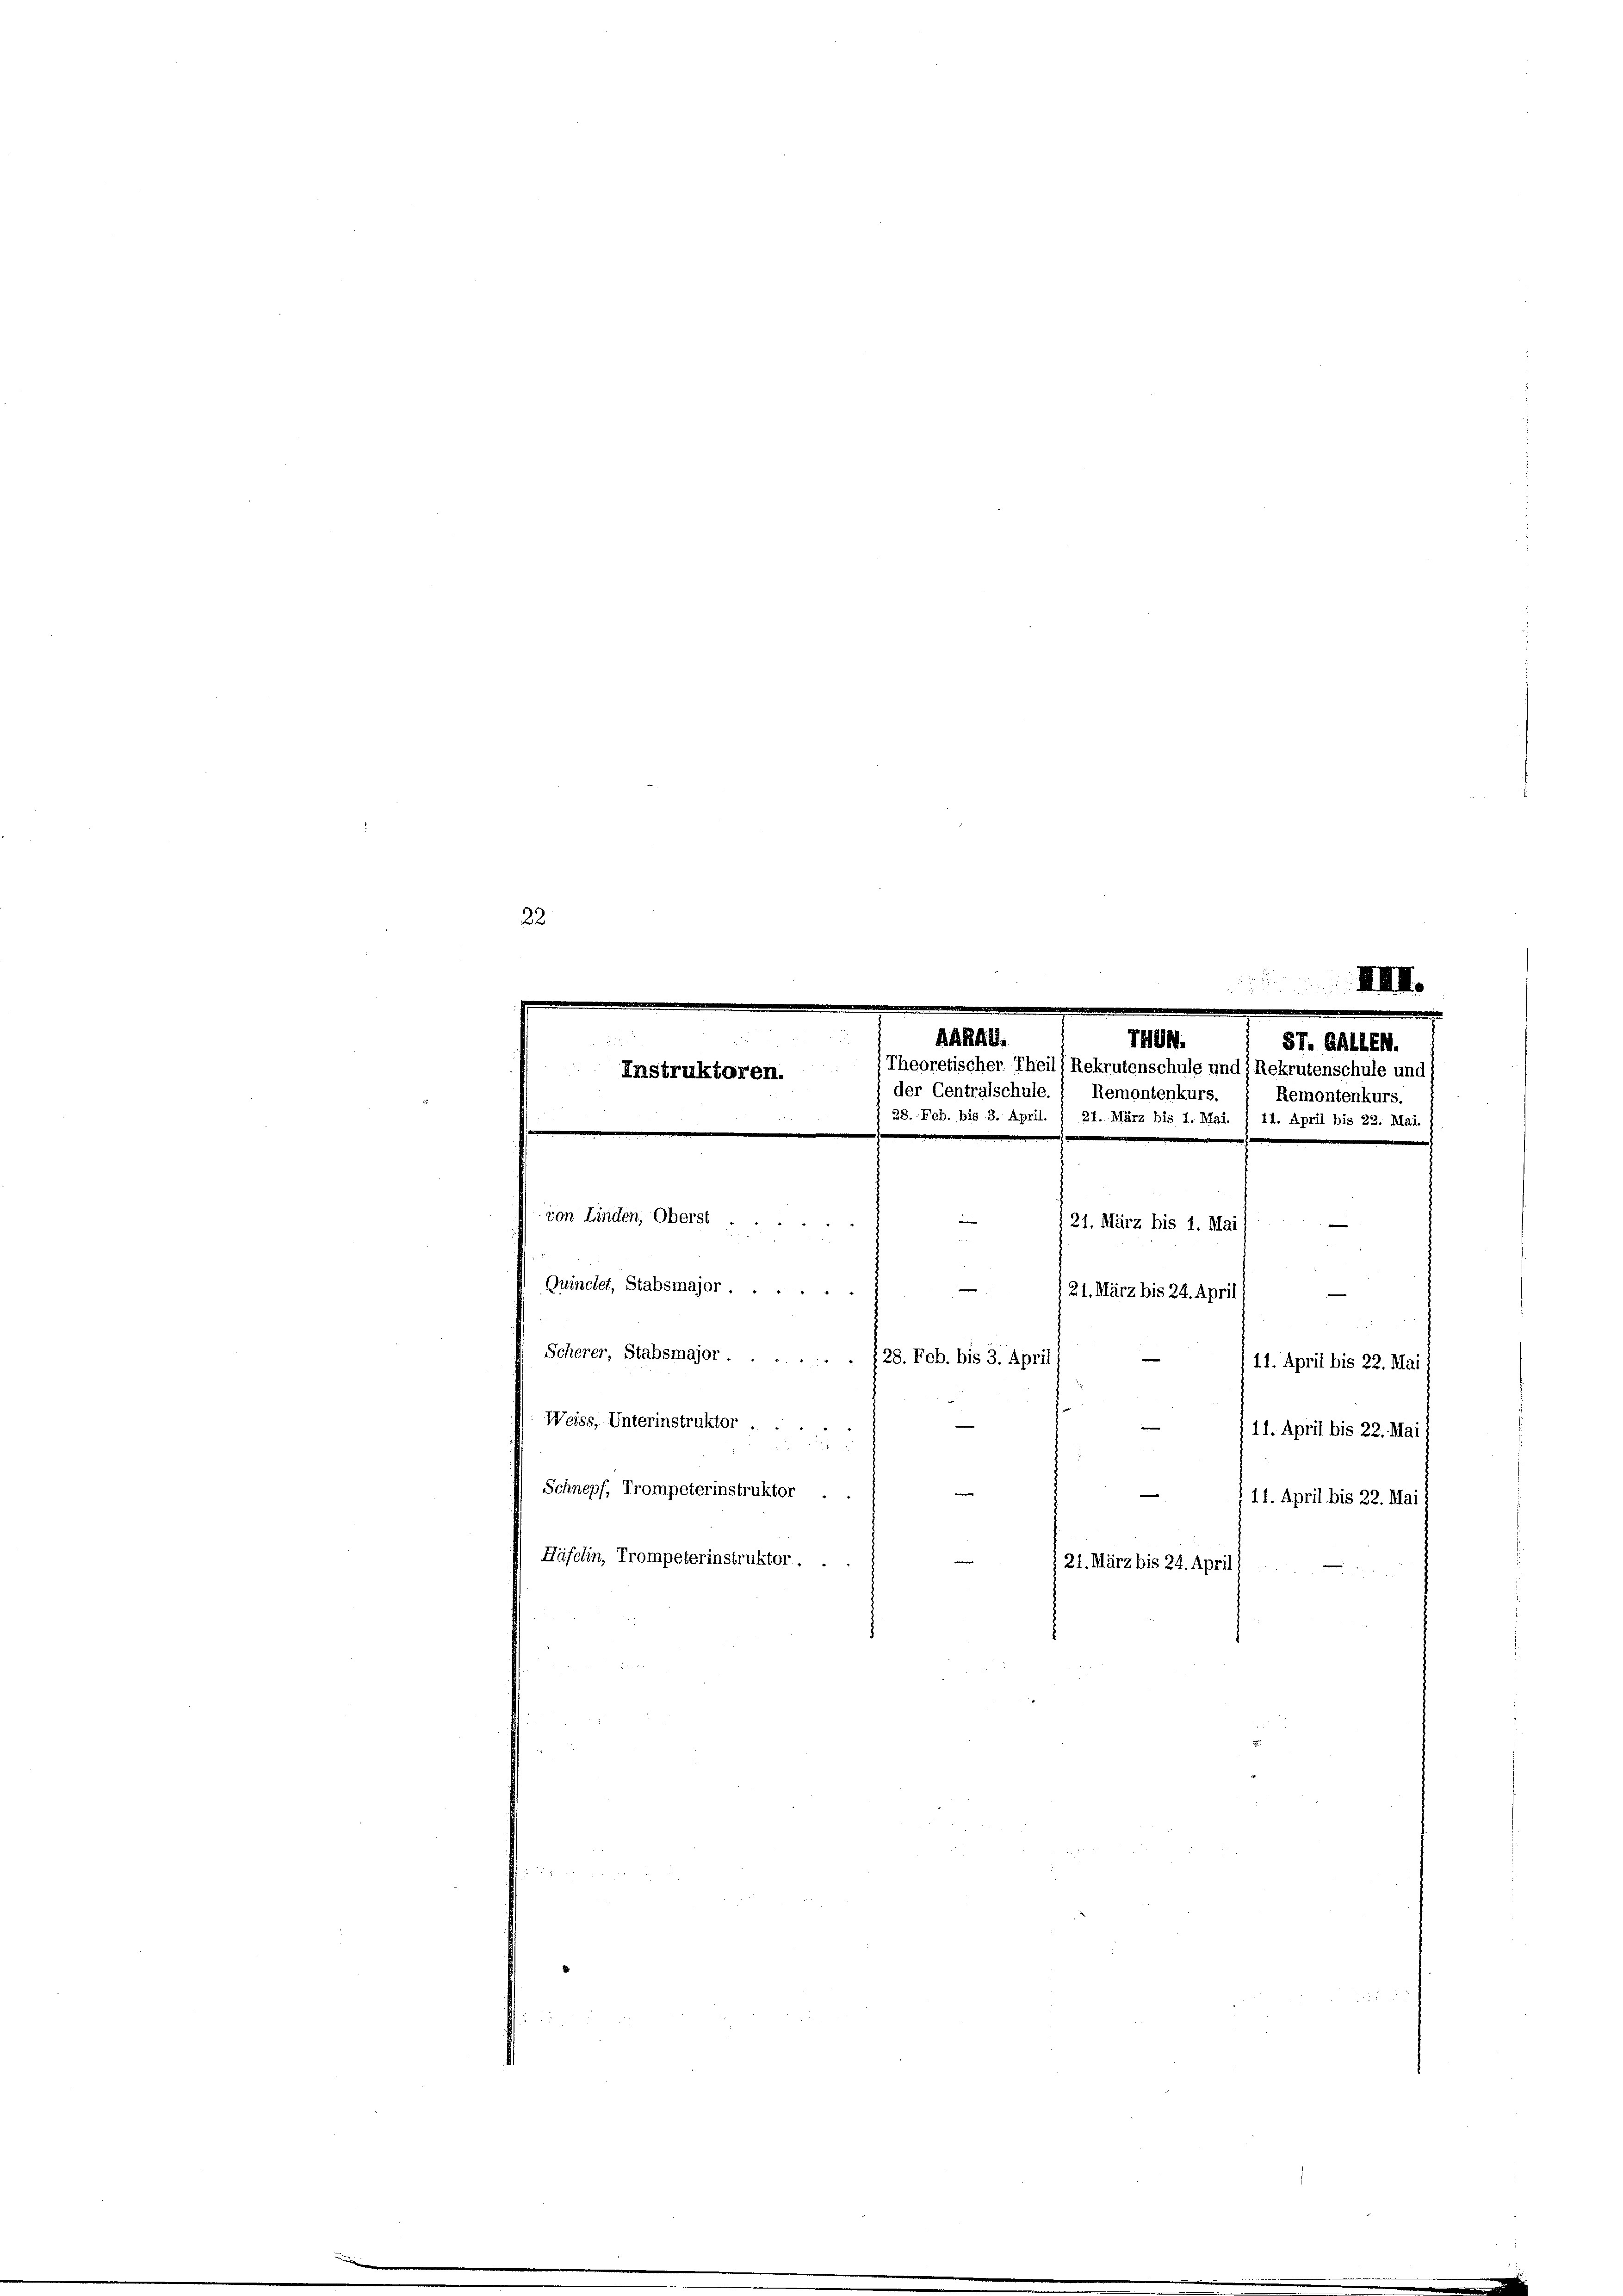
22

AARAG.
794.
ST. GALLEN.
Theoretischer Theil) Rekrutenschule und ; Rekrutenschule und
Instruktoren.
der Centralschule.
Remontenkurs.
Remontenkurs.
28. Feb. bis 3. April. § 21. März bis 1. Mai. § 11. April bis 22. Mai.
.
von Linden, Oberst
e
21. März bis 1. Mai
e
Quinclet, Stabsmajor
21. März bis 24. April
d
Scherer, Stabsmajor.
28. Feb. bis 3. April
11. April bis 22. Mai
Weiss, Unterinstruktor
/11. April bis 22. Mai 1
Schnepf, Trompeterinstruktor .
e
11. April bis 22. Mai 1
Häfelin, Trompeterinstruktor . .
121. März bis 24. April 1